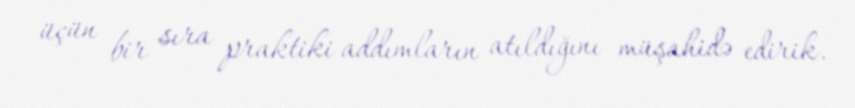
üçün bir sıra praktiki addımların atıldığını müşahidə edirik.